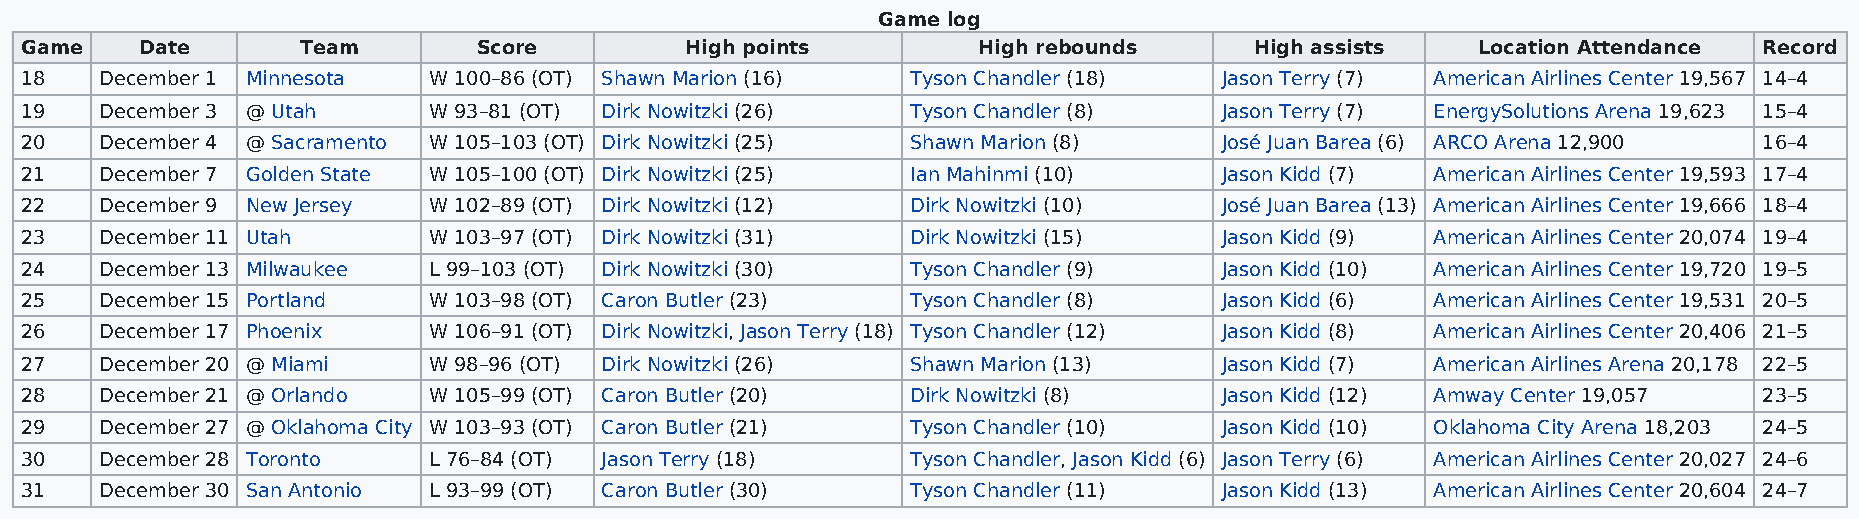
Game log
 Game    Date       Team        Score        High points         High rebounds     High assists   Location Attendance Record
 18    December 1 Minnesota W 100–86 (OT) Shawn Marion (16) Tyson Chandler (18)  Jason Terry (7) American Airlines Center 19,567 14–4
 19    December 3 @ Utah    W 93–81 (OT) Dirk Nowitzki (26) Tyson Chandler (8)   Jason Terry (7) EnergySolutions Arena 19,623 15–4
 20    December 4 @ Sacramento W 105–103 (OT) Dirk Nowitzki (25) Shawn Marion (8) José Juan Barea (6) ARCO Arena 12,900 16–4
 21    December 7 Golden State W 105–100 (OT) Dirk Nowitzki (25) Ian Mahinmi (10) Jason Kidd (7) American Airlines Center 19,593 17–4
 22    December 9 New Jersey W 102–89 (OT) Dirk Nowitzki (12) Dirk Nowitzki (10) José Juan Barea (13) American Airlines Center 19,666 18–4
 23    December 11 Utah     W 103–97 (OT) Dirk Nowitzki (31) Dirk Nowitzki (15)  Jason Kidd (9) American Airlines Center 20,074 19–4
 24    December 13 Milwaukee L 99–103 (OT) Dirk Nowitzki (30) Tyson Chandler (9) Jason Kidd (10) American Airlines Center 19,720 19–5
 25    December 15 Portland W 103–98 (OT) Caron Butler (23) Tyson Chandler (8)   Jason Kidd (6) American Airlines Center 19,531 20–5
 26    December 17 Phoenix  W 106–91 (OT) Dirk Nowitzki, Jason Terry (18) Tyson Chandler (12) Jason Kidd (8) American Airlines Center 20,406 21–5
 27    December 20 @ Miami  W 98–96 (OT) Dirk Nowitzki (26) Shawn Marion (13)    Jason Kidd (7) American Airlines Arena 20,178 22–5
 28    December 21 @ Orlando W 105–99 (OT) Caron Butler (20) Dirk Nowitzki (8)   Jason Kidd (12) Amway Center 19,057 23–5
 29    December 27 @ Oklahoma City W 103–93 (OT) Caron Butler (21) Tyson Chandler (10) Jason Kidd (10) Oklahoma City Arena 18,203 24–5
 30    December 28 Toronto  L 76–84 (OT) Jason Terry (18)   Tyson Chandler, Jason Kidd (6) Jason Terry (6) American Airlines Center 20,027 24–6
 31    December 30 San Antonio L 93–99 (OT) Caron Butler (30) Tyson Chandler (11) Jason Kidd (13) American Airlines Center 20,604 24–7